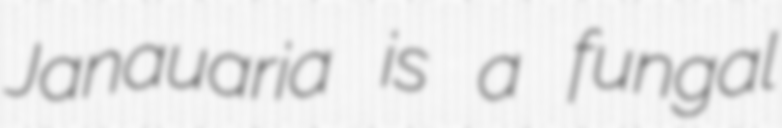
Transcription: Janauaria is a fungal